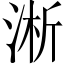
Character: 淅